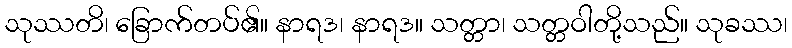
သုဿတိ၊ ခြောက်တပ်၏။ နာရဒ၊ နာရဒ။ သတ္တာ၊ သတ္တဝါတို့သည်။ သုခဿ၊